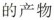
的产物